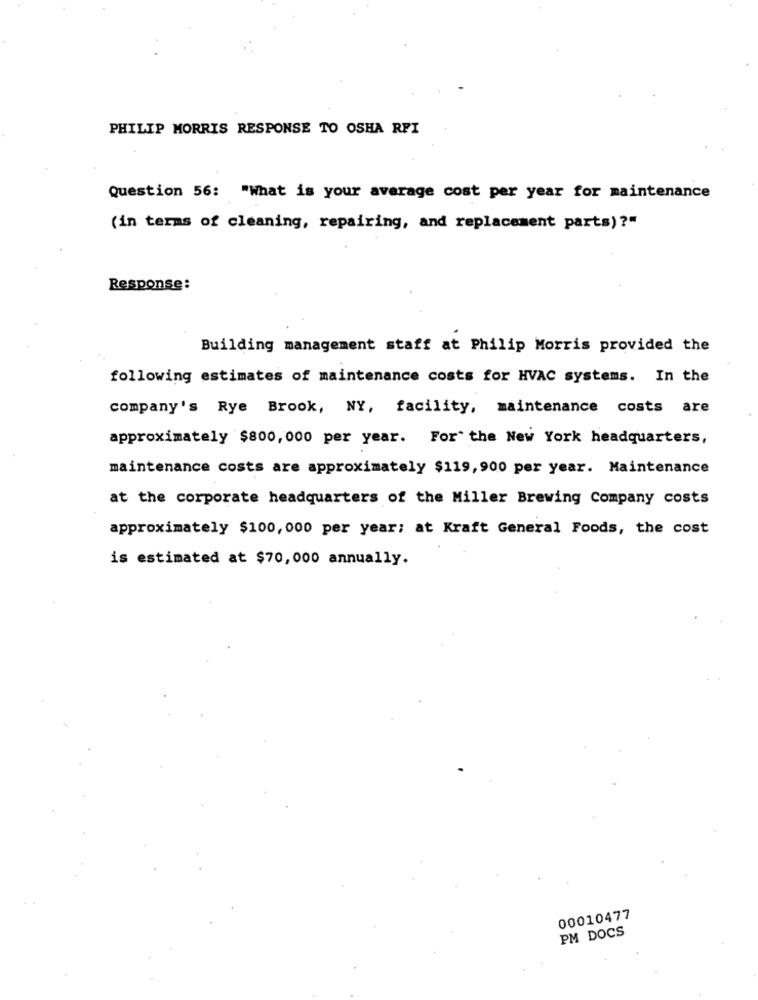
PHILIP MORRIS RESPONSE TO OSHA RFI
Question 56: "What is your average cost per year for maintenance
(in terms of cleaning, repairing, and replacement parts) ?"
Response:
Building management staff at Philip Morris provided the
following estimates of maintenance costs for HVAC systems. In the
company's Rye Brook, NY, facility, maintenance costs are
approximately $800, 000 per year. For" the New York headquarters,
maintenance costs are approximately $119, 900 per year. Maintenance
at the corporate headquarters of the Miller Brewing Company costs
approximately $100, 000 per year; at Kraft General Foods, the cost
is estimated at $70,000 annually.
00010477
PM DOCS